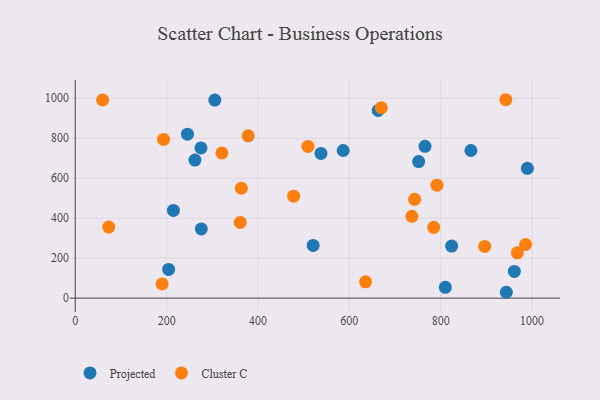
{"axis": {"x": "Speed", "y": "Exam Score"}, "legend": ["Cluster C", "Projected"], "data": [{"x": "823.9", "y": 260.4, "type": "Projected"}, {"x": "663.1", "y": 938.9, "type": "Projected"}, {"x": "204.4", "y": 143.8, "type": "Projected"}, {"x": "537.9", "y": 724.1, "type": "Projected"}, {"x": "305.5", "y": 990.5, "type": "Projected"}, {"x": "214.8", "y": 438.6, "type": "Projected"}, {"x": "943.6", "y": 29.3, "type": "Projected"}, {"x": "989.7", "y": 649.1, "type": "Projected"}, {"x": "275.9", "y": 346.0, "type": "Projected"}, {"x": "245.6", "y": 820.2, "type": "Projected"}, {"x": "961.2", "y": 133.6, "type": "Projected"}, {"x": "751.7", "y": 683.3, "type": "Projected"}, {"x": "866.1", "y": 738.5, "type": "Projected"}, {"x": "586.4", "y": 738.4, "type": "Projected"}, {"x": "262.0", "y": 690.7, "type": "Projected"}, {"x": "520.8", "y": 263.8, "type": "Projected"}, {"x": "765.6", "y": 759.3, "type": "Projected"}, {"x": "275.2", "y": 751.6, "type": "Projected"}, {"x": "810.1", "y": 54.0, "type": "Projected"}, {"x": "363.6", "y": 549.6, "type": "Cluster C"}, {"x": "942.5", "y": 992.5, "type": "Cluster C"}, {"x": "361.1", "y": 378.9, "type": "Cluster C"}, {"x": "742.9", "y": 494.5, "type": "Cluster C"}, {"x": "73.3", "y": 355.7, "type": "Cluster C"}, {"x": "193.2", "y": 793.7, "type": "Cluster C"}, {"x": "791.8", "y": 565.0, "type": "Cluster C"}, {"x": "509.3", "y": 759.0, "type": "Cluster C"}, {"x": "635.5", "y": 81.4, "type": "Cluster C"}, {"x": "190.1", "y": 71.1, "type": "Cluster C"}, {"x": "784.6", "y": 354.2, "type": "Cluster C"}, {"x": "736.9", "y": 409.2, "type": "Cluster C"}, {"x": "967.9", "y": 226.7, "type": "Cluster C"}, {"x": "378.6", "y": 811.7, "type": "Cluster C"}, {"x": "478.0", "y": 509.9, "type": "Cluster C"}, {"x": "321.0", "y": 726.4, "type": "Cluster C"}, {"x": "985.8", "y": 268.4, "type": "Cluster C"}, {"x": "59.9", "y": 991.2, "type": "Cluster C"}, {"x": "670.1", "y": 952.9, "type": "Cluster C"}, {"x": "896.3", "y": 258.8, "type": "Cluster C"}]}